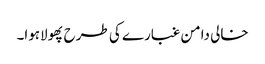
خالی دامن غبارے کی طرح پھولاہوا۔